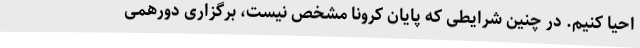
احیا کنیم. در چنین شرایطی که پایان کرونا مشخص نیست، برگزاری دورهمی